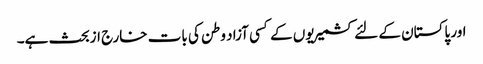
اور پاکستان کے لئے کشمیریوں کے کسی آزاد وطن کی بات خارج ازبحث ہے۔